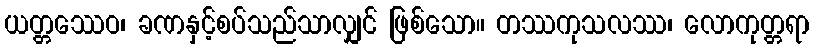
ယတ္တဿေဝ၊ ခဏနှင့်စပ်သည်သာလျှင် ဖြစ်သော။ တဿကုသလဿ၊ လောကုတ္တရာ